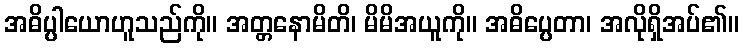
အဓိပ္ပါယောဟူသည်ကို။ အတ္တနောမိတိ၊ မိမိအယူကို။ အဓိပ္ပေတာ၊ အလိုရှိအပ်၏။